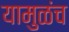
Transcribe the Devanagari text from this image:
यामुळंच